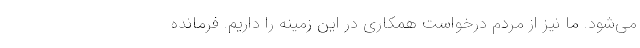
می‌شود. ما نیز از مردم درخواست همکاری در این زمینه را داریم. فرمانده